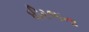
ધીરજના